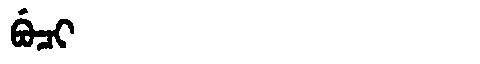
Manchu: ᠪᡠᠴᡳ
Romanization: BUCI